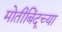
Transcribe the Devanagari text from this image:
मोतीबिंदूच्या